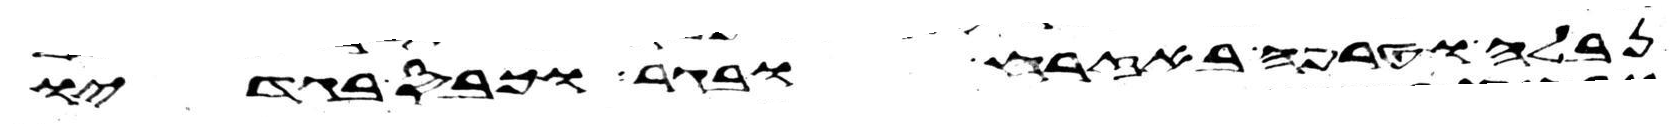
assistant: נבלה וטרפה באזרח ובגר וכבס בגדיו